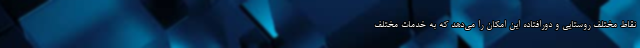
نقاط مختلف روستایی و دورافتاده این امکان را می‌دهد که به خدمات مختلف